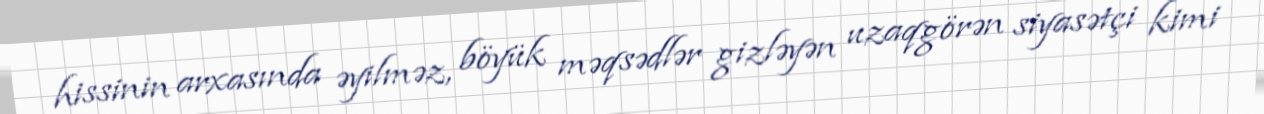
hissinin arxasında əyilməz, böyük məqsədlər gizləyən uzaqgörən siyasətçi kimi